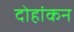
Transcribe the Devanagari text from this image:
दोहांकन